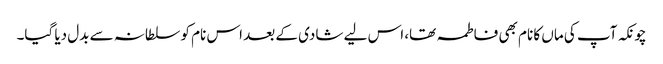
چونکہ آپ کی ماں کا نام بھی فاطمہ تھا، اس لیے شادی کے بعد اس نام کو سلطانہ سے بدل دیا گیا۔